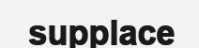
supplace